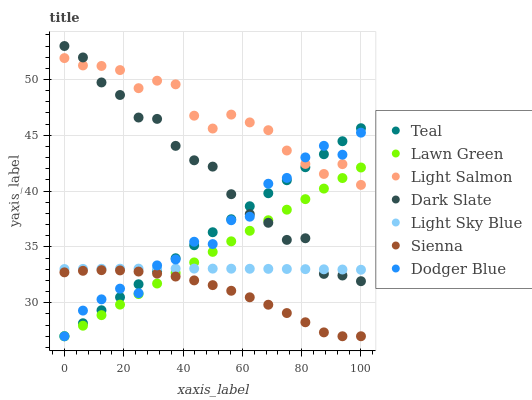
| xaxis_label | Teal | Lawn Green | Light Salmon | Dark Slate | Light Sky Blue | Sienna | Dodger Blue |
 | --- | --- | --- | --- | --- | --- | --- | --- |
 | 0 | 27 | 27 | 51.9 | 53 | 33 | 32.7 | 27 |
 | 6.25 | 28.2 | 27.9 | 51.3 | 52 | 33 | 32.9 | 29.3 |
 | 12.5 | 29.3 | 28.9 | 51.2 | 49.7 | 33 | 32.9 | 30.3 |
 | 18.8 | 30.5 | 29.8 | 50.8 | 48.6 | 33.1 | 32.9 | 31.3 |
 | 25 | 31.7 | 30.8 | 49.2 | 46.6 | 33.1 | 32.8 | 30.9 |
 | 31.2 | 32.8 | 31.7 | 49.9 | 46.5 | 33.1 | 32.6 | 33.3 |
 | 37.5 | 34 | 32.7 | 49.6 | 44.1 | 33.1 | 32.3 | 33.9 |
 | 43.8 | 35.2 | 33.6 | 46.8 | 42.8 | 33.1 | 32 | 35.5 |
 | 50 | 36.3 | 34.6 | 45.6 | 42.2 | 33.1 | 31.6 | 35.3 |
 | 56.2 | 37.5 | 35.5 | 46.9 | 39.7 | 33.1 | 31.1 | 37.4 |
 | 62.5 | 38.6 | 36.4 | 46.2 | 37.9 | 33 | 30.5 | 37.7 |
 | 68.8 | 39.8 | 37.4 | 45.5 | 37.2 | 33 | 29.8 | 40.7 |
 | 75 | 41 | 38.3 | 43.6 | 35.6 | 33 | 29.1 | 41.2 |
 | 81.2 | 42.1 | 39.3 | 42.4 | 35.8 | 33 | 28.3 | 43 |
 | 87.5 | 43.3 | 40.2 | 41.5 | 32.6 | 33 | 27.3 | 44.1 |
 | 93.8 | 44.5 | 41.2 | 42.4 | 32.4 | 33 | 27 | 43.3 |
 | 100 | 45.6 | 42.1 | 40.6 | 31.9 | 33 | 27 | 45.2 |